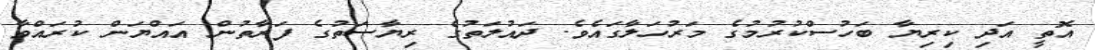
އޮތީ އަދި ކިރިޔާ ބަހުސްކުރުމުގެ މަރުހަލާގައެވެ. ދައުލަތުގެ ރިޔާސަތުގެ ފަރާތުން އައްޔަން ކުރައްވާ